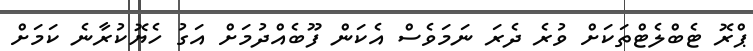
ޕްރޮ ޓެބްލެޓްތަކަށް ވުރެ ދެރަ ނަމަވެސް އެކަން ފޫބެއްދުމަށް އަގު ހެޔޮކުރާާނެ ކަމަށް